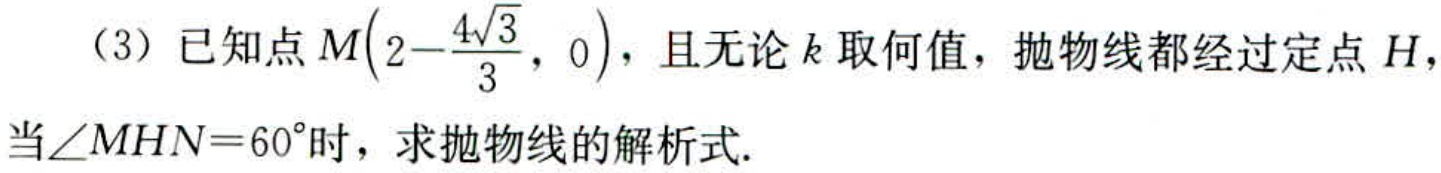
（3）已知点\(M\left(2 - \dfrac{4\sqrt{3}}{3},0\right)\)，且无论\(k\)取何值，抛物线都经过定点\(H\)，当\(\angle MHN = 60^{\circ}\)时，求抛物线的解析式.